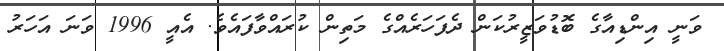
ވަނީ އިންޑިއާގެ ބޮޑުވަޒީރުކަން ދެފަހަރެއްގެ މަތިން ކުރައްވާފައެވެ. އެއީ 1996 ވަނަ އަހަރު